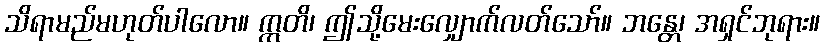
သိရာမည်မဟုတ်ပါလော။ ဣတိ၊ ဤသို့မေးလျှောက်လတ်သော်။ ဘန္တေ၊ အရှင်ဘုရား။